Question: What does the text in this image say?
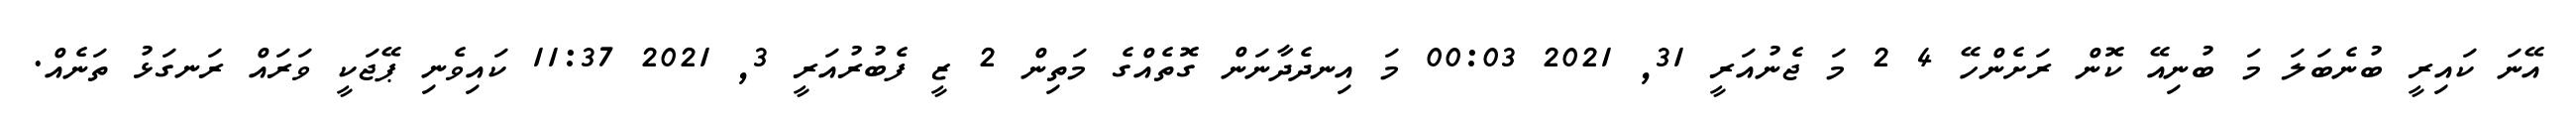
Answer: އޭނަ ކައިރީ ބުނެބަލަ މަ ބުނިއޭ ކޮން ރަށެންހޭ 4 2 މަ ޖެނުއަރީ 31, 2021 00:03 މަ އިނދެދާނަން ގޮތެއްގެ މަތިން 2 ޒީ ފެބުރުއަރީ 3, 2021 11:37 ކައިވެނި ޕޭޖަކީ ވަރައް ރަނގަޅު ތަނެއް.